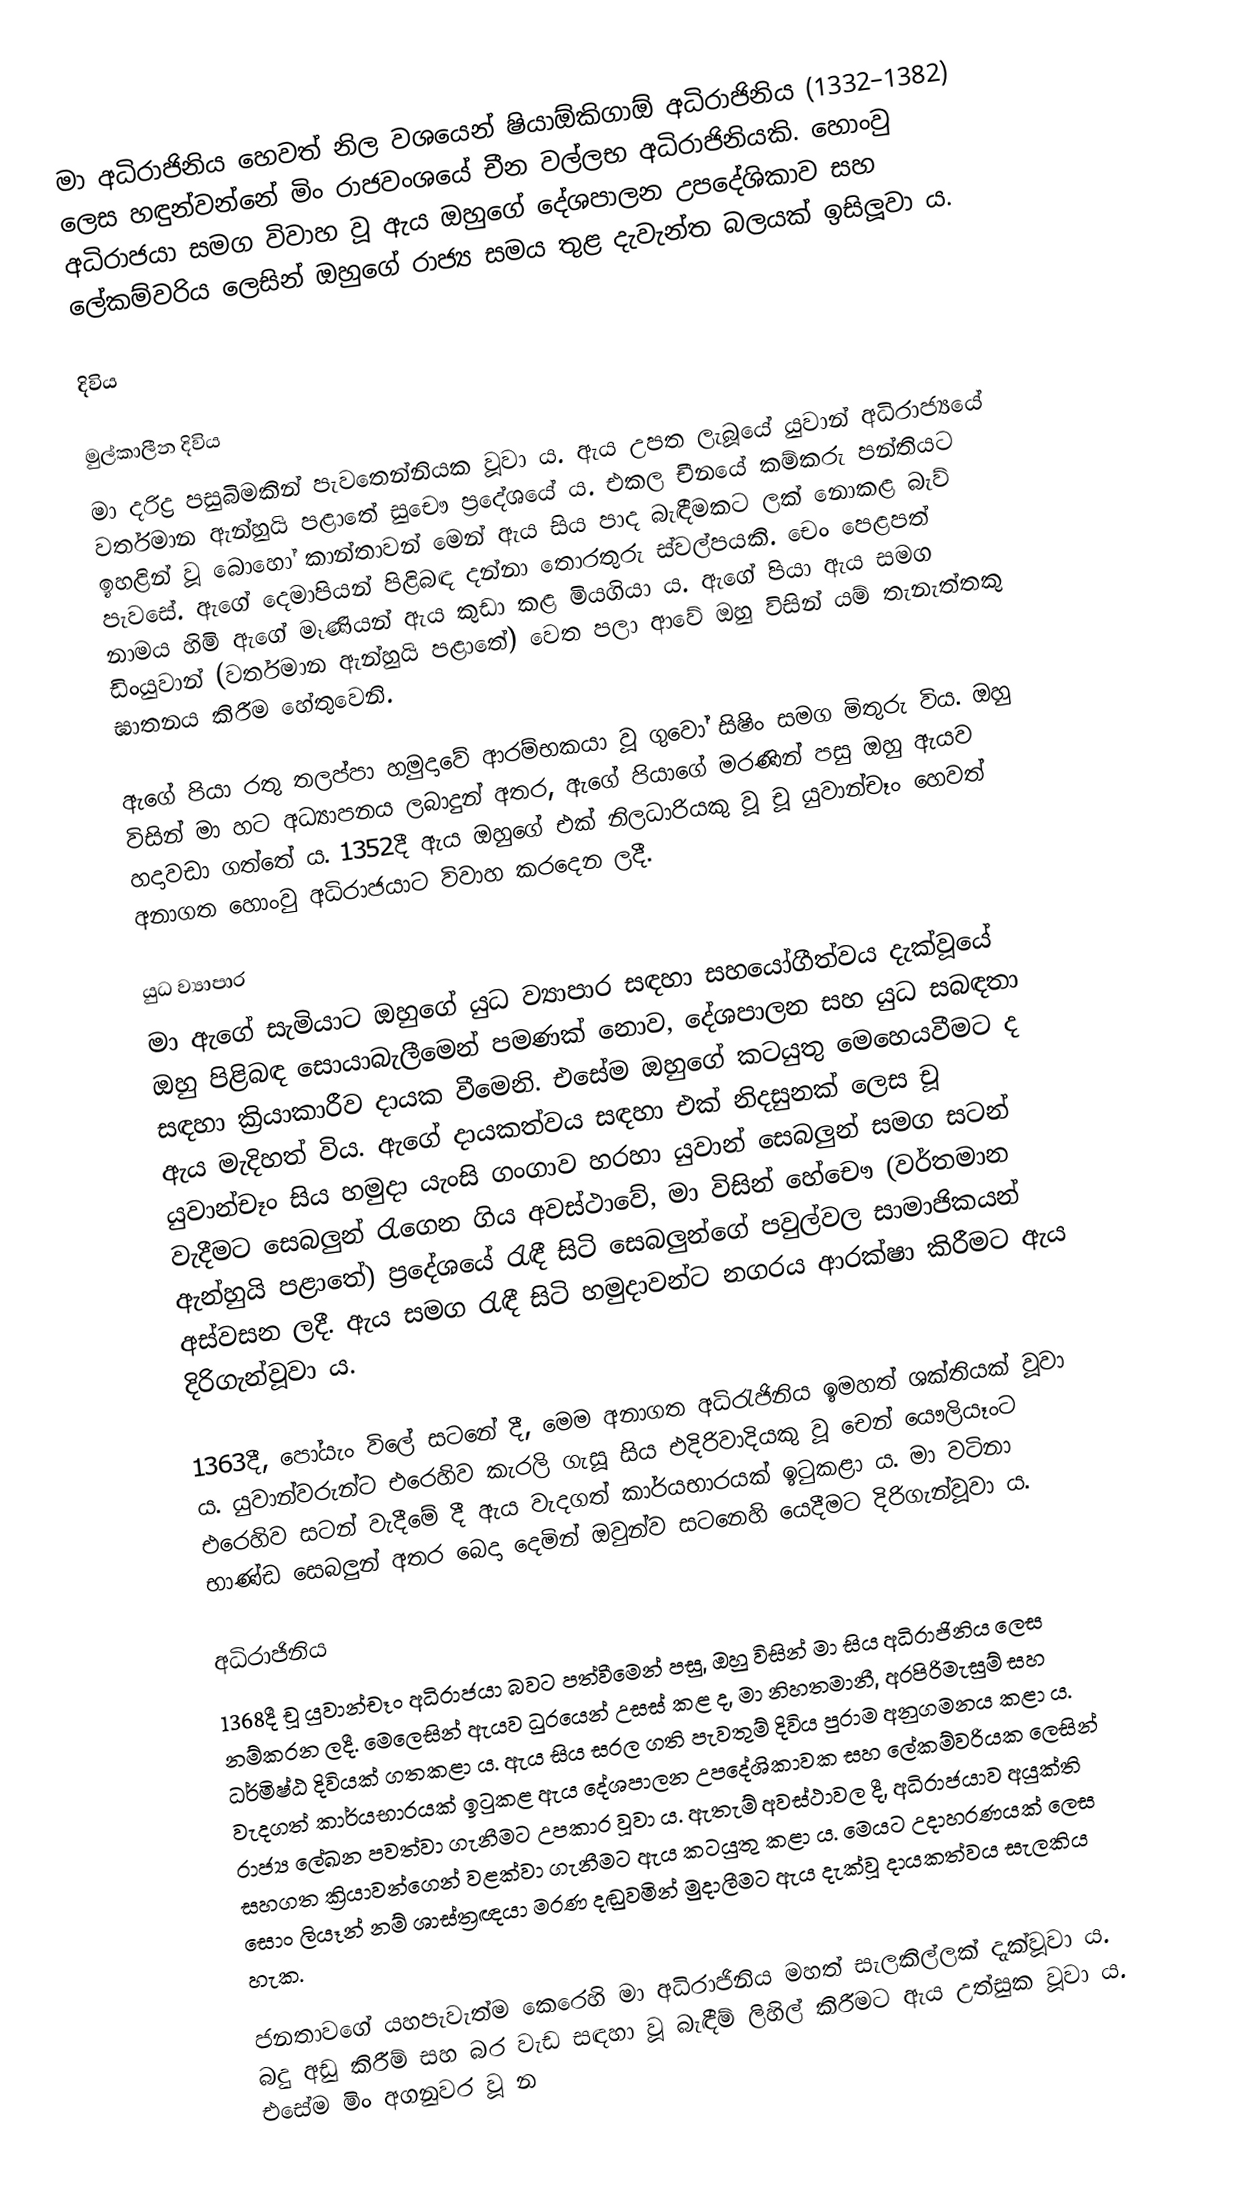
මා අධිරාජිනිය හෙවත් නිල වශයෙන් ෂියාඕකිගාඕ අධිරාජිනිය (1332–1382) ලෙස හඳුන්වන්නේ මිං රාජවංශයේ චීන වල්ලභ අධිරාජිනියකි. හොංවු අධිරාජයා සමග විවාහ වූ ඇය ඔහුගේ දේශපාලන උපදේශිකාව සහ ලේකම්වරිය ලෙසින් ඔහුගේ රාජ්‍ය සමය තුළ දැවැන්ත බලයක් ඉසිලූවා ය.

දිවිය

මුල්කාලීන දිවිය
මා දරිද්‍ර පසුබිමකින් පැවතෙන්නියක වූවා ය. ඇය උපත ලැබූයේ යුවාන් අධිරාජ්‍යයේ වර්තමාන ඇන්හුයි පළාතේ සුචෞ ප්‍රදේශයේ ය. එකල චීනයේ කම්කරු පන්තියට ඉහළින් වූ බොහෝ කාන්තාවන් මෙන් ඇය සිය පාද බැඳීමකට ලක් නොකළ බැව් පැවසේ. ඇගේ දෙමාපියන් පිළිබඳ දන්නා තොරතුරු ස්වල්පයකි. චෙං පෙළපත් නාමය හිමි ඇගේ මෑණියන් ඇය කුඩා කළ මියගියා ය. ඇගේ පියා ඇය සමග ඩිංයුවාන් (වර්තමාන ඇන්හුයි පළාතේ) වෙත පලා ආවේ ඔහු විසින් යම් තැනැත්තකු ඝාතනය කිරීම හේතුවෙනි.

ඇගේ පියා රතු තලප්පා හමුදාවේ ආරම්භකයා වූ ගුවෝ සිෂිං සමග මිතුරු විය. ඔහු විසින් මා හට අධ්‍යාපනය ලබාදුන් අතර, ඇගේ පියාගේ මරණින් පසු ඔහු ඇයව හදාවඩා ගත්තේ ය. 1352දී ඇය ඔහුගේ එක් නිලධාරියකු වූ චූ යුවාන්චෑං හෙවත් අනාගත හොංවු අධිරාජයාට විවාහ කරදෙන ලදී.

යුධ ව්‍යාපාර
මා ඇගේ සැමියාට ඔහුගේ යුධ ව්‍යාපාර සඳහා සහයෝගීත්වය දැක්වූ‍යේ ඔහු පිළිබඳ සොයාබැලීමෙන් පමණක් නොව, දේශපාලන සහ යුධ සබඳතා සඳහා ක්‍රියාකාරීව දායක වීමෙනි. එසේම ඔහුගේ කටයුතු මෙහෙයවීමට ද ඇය මැදිහත් විය. ඇගේ දායකත්වය සඳහා එක් නිදසුනක් ලෙස චූ යුවාන්චෑං සිය හමුදා යැංසි ගංගාව හරහා යුවාන් සෙබලුන් සමග සටන් වැදීමට සෙබලුන් රැගෙන ගිය අවස්ථාවේ, මා විසින් හේචෞ (වර්තමාන ඇන්හුයි පළාතේ) ප්‍රදේශයේ රැඳී සිටි සෙබලුන්ගේ පවුල්වල සාමාජිකයන් අස්වසන ලදී. ඇය සමග රැඳී සිටි හමුදාවන්ට නගරය ආරක්ෂා කිරීමට ඇය දිරිගැන්වූවා ය.

1363දී, පෝයැං විලේ සටනේ දී, මෙම අනාගත අධිරැජිනිය ඉමහත් ශක්තියක් වූවා ය. යුවාන්වරුන්ට එරෙහිව කැරලි ගැසූ සිය එදිරිවාදියකු වූ චෙන් යෞලියෑංට එරෙහිව සටන් වැදීමේ දී ඇය වැදගත් කාර්යභාරයක් ඉටුකළා ය. මා වටිනා භාණ්ඩ‍ සෙබලුන් අතර බෙදා දෙමින් ඔවුන්ව සටනෙහි යෙදීමට දිරිගැන්වූවා ය.

අධිරාජිනිය
1368දී චූ යුවාන්චෑං අධිරාජයා බවට පත්වීමෙන් පසු, ඔහු විසින් මා සිය අධිරාජිනිය ලෙස නම්කරන ලදී. මෙලෙසින් ඇයව ධුරයෙන් උසස් කළ ද, මා නිහතමානී, අරපිරිමැසුම් සහ ධර්මිෂ්ඨ දිවියක් ගතකළා ය. ඇය සිය සරල ගති පැවතුම් දිවිය පුරාම අනුගමනය කළා ය. වැදගත් කාර්යභාරයක් ඉටුකළ ඇය දේශපාලන උපදේශිකාවක සහ ලේකම්වරියක ලෙසින් රාජ්‍ය ලේඛන පවත්වා ගැනීමට උපකාර වූවා ය. ඇතැම් අවස්ථාවල දී, අධිරාජයාව අයුක්ති සහගත ක්‍රියාවන්ගෙන් වළක්වා ගැනීමට ඇය කටයුතු කළා ය. මෙයට උදාහරණයක් ලෙස සොං ලියෑන් නම් ශාස්ත්‍රඥයා මරණ දඬුවමින් මුදාලීමට ඇය දැක්වූ දායකත්වය සැලකිය හැක.

ජනතාවගේ යහපැවැත්ම කෙරෙහි මා අධිරාජිනිය මහත් සැලකිල්ලක් දැක්වූවා ය. බදු අඩු කිරීම් සහ බර වැඩ සඳහා වූ බැඳීම් ලිහිල් කිරීමට ඇය උත්සුක වූවා ය. එසේම මිං අගනුවර වූ න